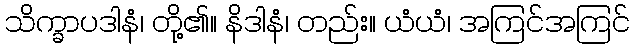
သိက္ခာပဒါနံ၊ တို့၏။ နိဒါနံ၊ တည်း။ ယံယံ၊ အကြင်အကြင်